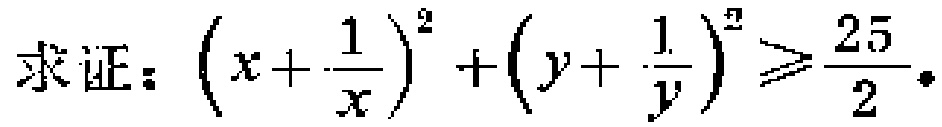
求证：\(\left(x + \frac{1}{x}\right)^2 + \left(y + \frac{1}{y}\right)^2 \geq \frac{25}{2}\)